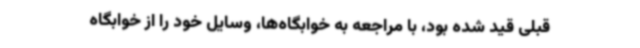
قبلی قید شده بود، با مراجعه به خوابگاه‌ها، وسایل خود را از خوابگاه